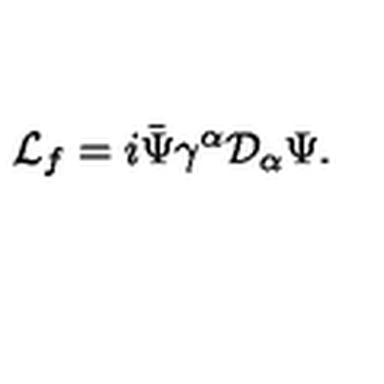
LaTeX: { \cal L } _ { f } = i \bar { \Psi } \gamma ^ { \alpha } { \cal D } _ { \alpha } \Psi .